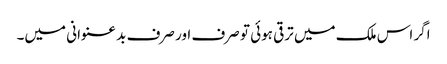
اگر اس ملک میں ترقی ہوئی تو صرف اور صرف بد عنوانی میں۔